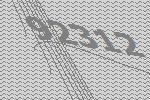
92312